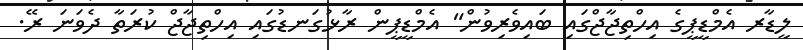
ލީޑާރ އެމްޑީޕީގެ އިހްތިޖާޖްގައި ބައިވެރިވުން" އެމްޑީޕީން ރާޅުގަނޑުގައި އިހްތިޖާޖް ކުރަތާ ދެވަނަ ރޭ.